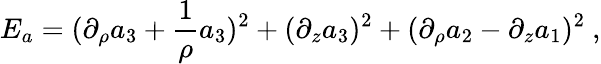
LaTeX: E_{a}=(\partial_{\rho}a_{3}+{\frac{1}{\rho}}a_{3})^{2}+(\partial_{z}a_{3})^{2}+(\partial_{\rho}a_{2}-\partial_{z}a_{1})^{2}\ ,